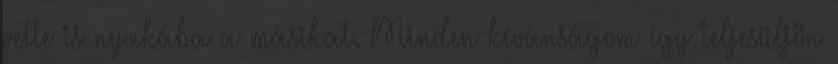
vette is nyakába a másikat. Minden kívánságom így teljesüljön